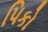
પિકો